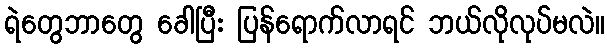
ရဲတွေဘာတွေ ခေါပြီး ပြန်ရောက်လာရင် ဘယ်လိုလုပ်မလဲ။